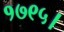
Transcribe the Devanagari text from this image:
१७९५।